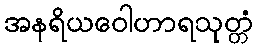
အနရိယဝေါဟာရသုတ္တံ